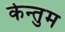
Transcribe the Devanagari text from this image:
केन्तुम